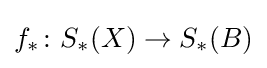
f_{\ast }\colon S_{\ast }(X)\rightarrow S_{\ast }(B)